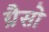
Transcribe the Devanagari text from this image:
ग्रैसो